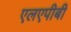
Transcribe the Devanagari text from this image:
एलएपीबी